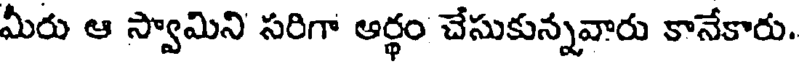
మీరు ఆ స్వామిని సరిగా ఆర్థం చేసుకున్నవారు కానేకారు.